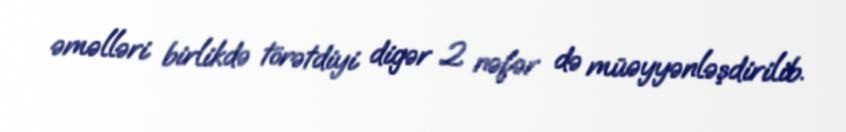
əməlləri birlikdə törətdiyi digər 2 nəfər də müəyyənləşdirilib.